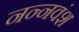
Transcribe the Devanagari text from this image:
नन्नवंश